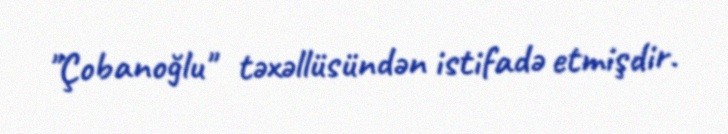
"Çobanoğlu" təxəllüsündən istifadə etmişdir.